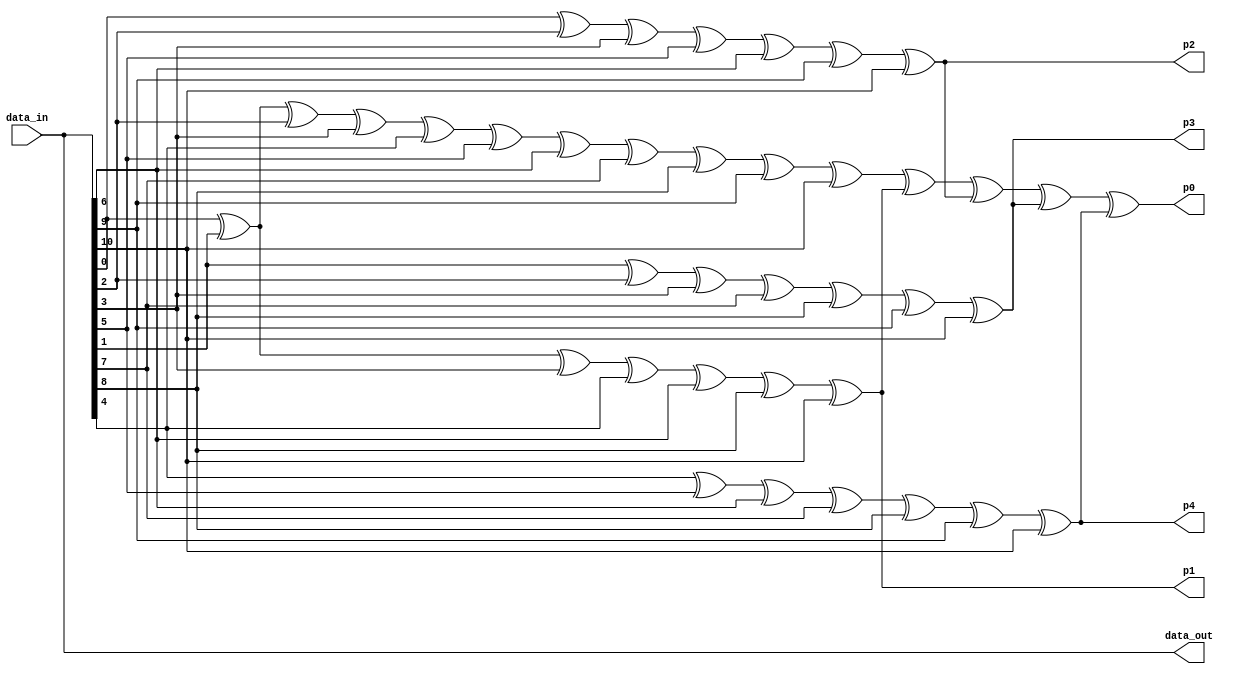
module vinayak_hamming_ecoder(
    input [10:0] data_in,
    output [10:0] data_out,
    output p0, output p1, output p2, output p3, output p4
    );
        
    wire p_0,p_1,p_2,p_3,p_4;
    
    assign p_1 = data_in[0] ^ data_in[1] ^ data_in[3] ^ data_in[4] ^ data_in[6] ^ data_in[8] ^ data_in[10];
    assign p_2 = data_in[0] ^ data_in[2] ^ data_in[3] ^ data_in[5] ^ data_in[6] ^ data_in[9] ^ data_in[10];
    assign p_3 = data_in[1] ^ data_in[2] ^ data_in[3] ^ data_in[7] ^ data_in[8] ^ data_in[9] ^ data_in[10];
    assign p_4 = data_in[4] ^ data_in[5] ^ data_in[6] ^ data_in[7] ^ data_in[8] ^ data_in[9] ^ data_in[10];
    assign p_0 = data_in[0] ^ data_in[1] ^ data_in[2] ^ data_in[3] ^ data_in[4] ^ data_in[5] ^ data_in[6] ^ data_in[7] ^ data_in[8] ^ data_in[9] ^ data_in[10] ^ p_1 ^ p_2 ^ p_3 ^ p_4 ;

    assign data_out = {data_in};
    assign p0 = p_0;
    assign p1 = p_1;
    assign p2 = p_2;
    assign p3 = p_3;
    assign p4 = p_4;
endmodule